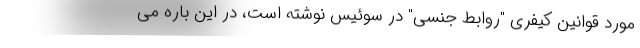
مورد قوانین کیفری "روابط جنسی" در سوئیس نوشته است، در این باره می